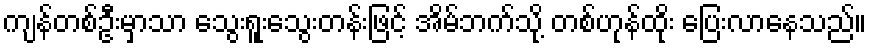
ကျန်တစ်ဦးမှာသာ သွေးရူးသွေးတန်းဖြင့် အိမ်ဘက်သို့ တစ်ဟုန်ထိုး ပြေးလာနေသည်။